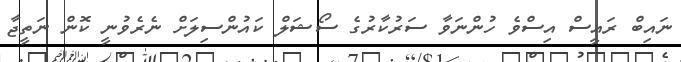
ނައިބް ރައީސް އިސްވެ ހުންނަވާ ސަރުކާރުގެ ސޯޝަލް ކައުންސިލަށް ނެރެވުނީ ކޮން ނަތީޖާ